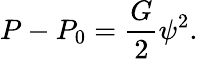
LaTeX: P-P_{0}=\frac{G}{2}\psi^{2}.